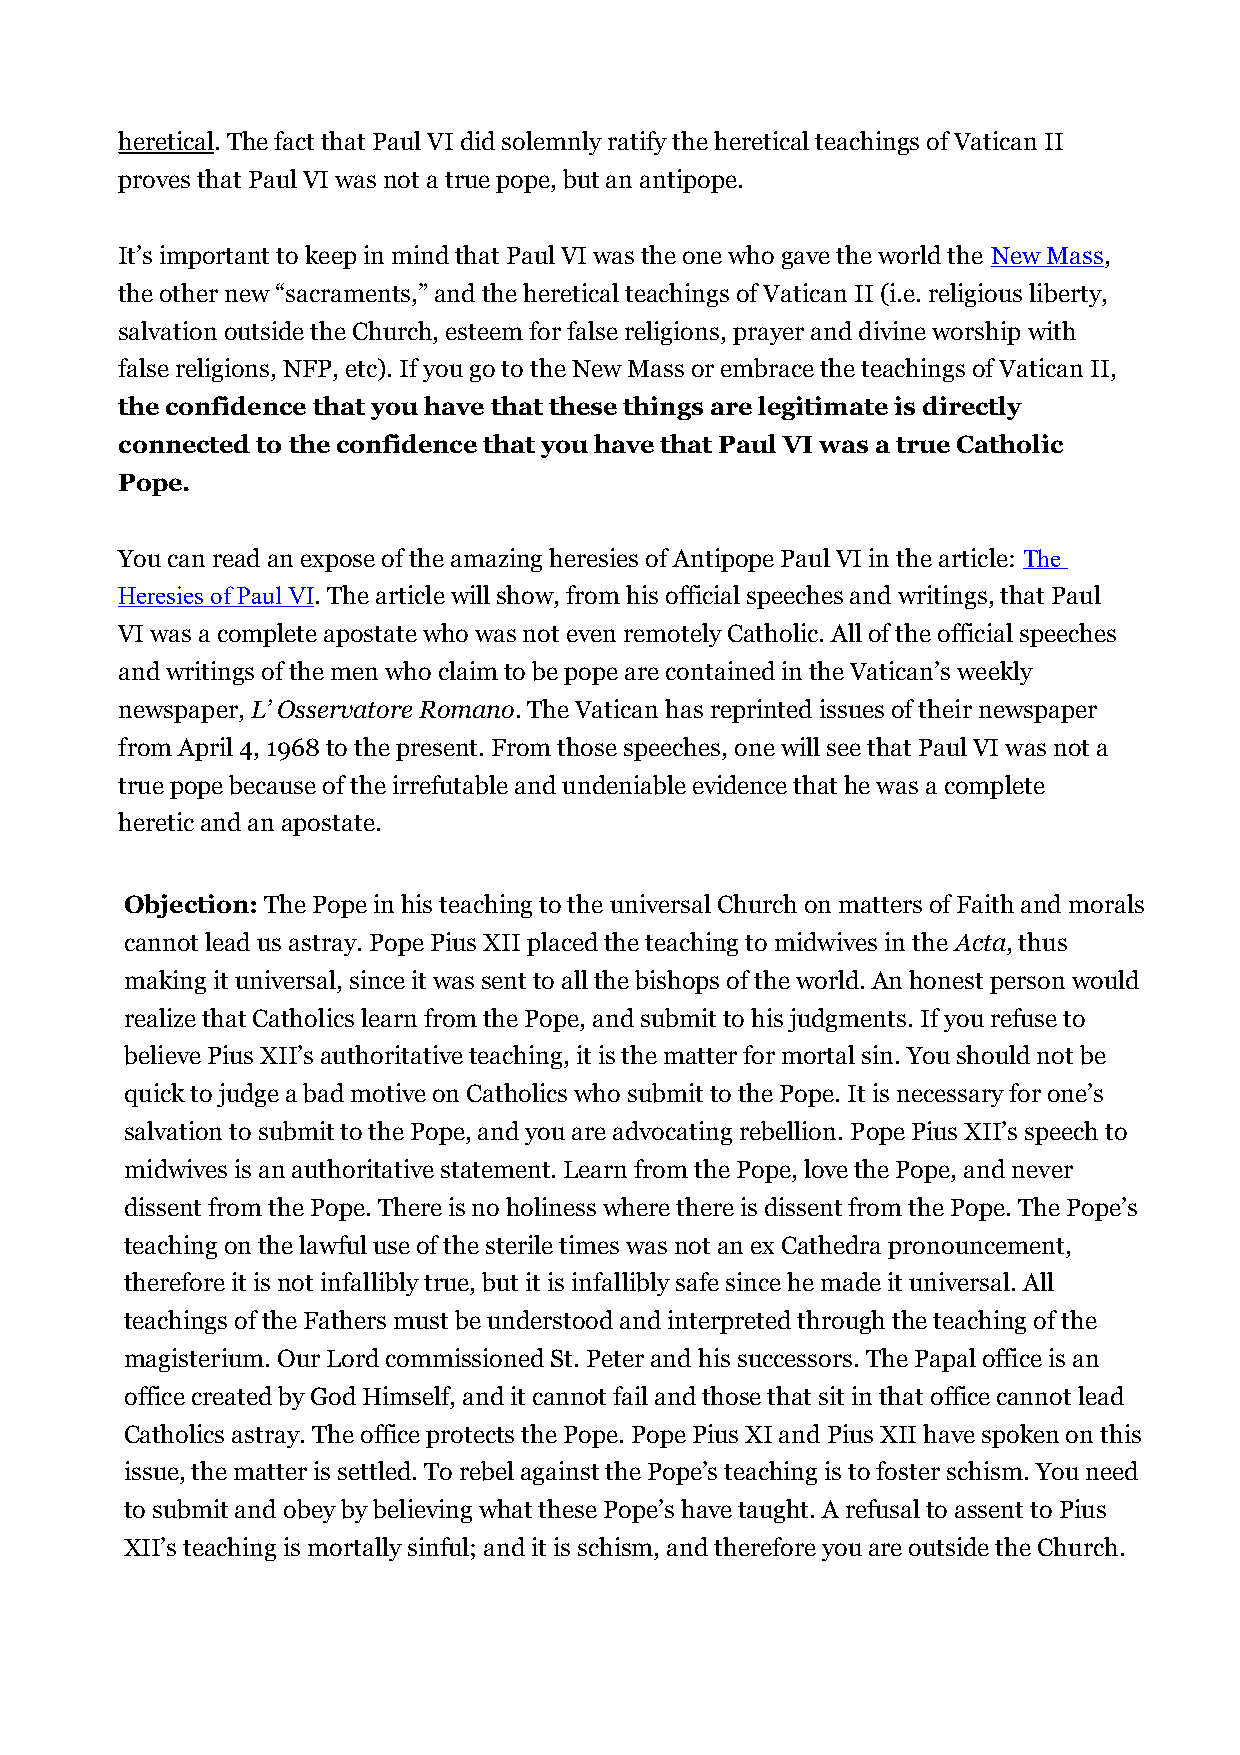
heretical. The fact that Paul VI did solemnly ratify the heretical teachings of Vatican II
 proves that Paul VI was not a true pope, but an antipope.
 It’s important to keep in mind that Paul VI was the one who gave the world the New Mass,
 the other new “sacraments,” and the heretical teachings of Vatican II (i.e. religious liberty,
 salvation outside the Church, esteem for false religions, prayer and divine worship with
 false religions, NFP, etc). If you go to the New Mass or embrace the teachings of Vatican II,
 the confidence that you have that these things are legitimate is directly
 connected to the confidence that you have that Paul VI was a true Catholic
 Pope.
 You can read an expose of the amazing heresies of Antipope Paul VI in the article: The
 Heresies of Paul VI. The article will show, from his official speeches and writings, that Paul
 VI was a complete apostate who was not even remotely Catholic. All of the official speeches
 and writings of the men who claim to be pope are contained in the Vatican’s weekly
 newspaper, L’ Osservatore Romano. The Vatican has reprinted issues of their newspaper
 from April 4, 1968 to the present. From those speeches, one will see that Paul VI was not a
 true pope because of the irrefutable and undeniable evidence that he was a complete
 heretic and an apostate.
 Objection: The Pope in his teaching to the universal Church on matters of Faith and morals
 cannot lead us astray. Pope Pius XII placed the teaching to midwives in the Acta, thus
 making it universal, since it was sent to all the bishops of the world. An honest person would
 realize that Catholics learn from the Pope, and submit to his judgments. If you refuse to
 believe Pius XII’s authoritative teaching, it is the matter for mortal sin. You should not be
 quick to judge a bad motive on Catholics who submit to the Pope. It is necessary for one’s
 salvation to submit to the Pope, and you are advocating rebellion. Pope Pius XII’s speech to
 midwives is an authoritative statement. Learn from the Pope, love the Pope, and never
 dissent from the Pope. There is no holiness where there is dissent from the Pope. The Pope’s
 teaching on the lawful use of the sterile times was not an ex Cathedra pronouncement,
 therefore it is not infallibly true, but it is infallibly safe since he made it universal. All
 teachings of the Fathers must be understood and interpreted through the teaching of the
 magisterium. Our Lord commissioned St. Peter and his successors. The Papal office is an
 office created by God Himself, and it cannot fail and those that sit in that office cannot lead
 Catholics astray. The office protects the Pope. Pope Pius XI and Pius XII have spoken on this
 issue, the matter is settled. To rebel against the Pope’s teaching is to foster schism. You need
 to submit and obey by believing what these Pope’s have taught. A refusal to assent to Pius
 XII’s teaching is mortally sinful; and it is schism, and therefore you are outside the Church.